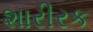
શારીરક